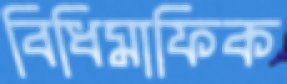
বিধিমাফিক